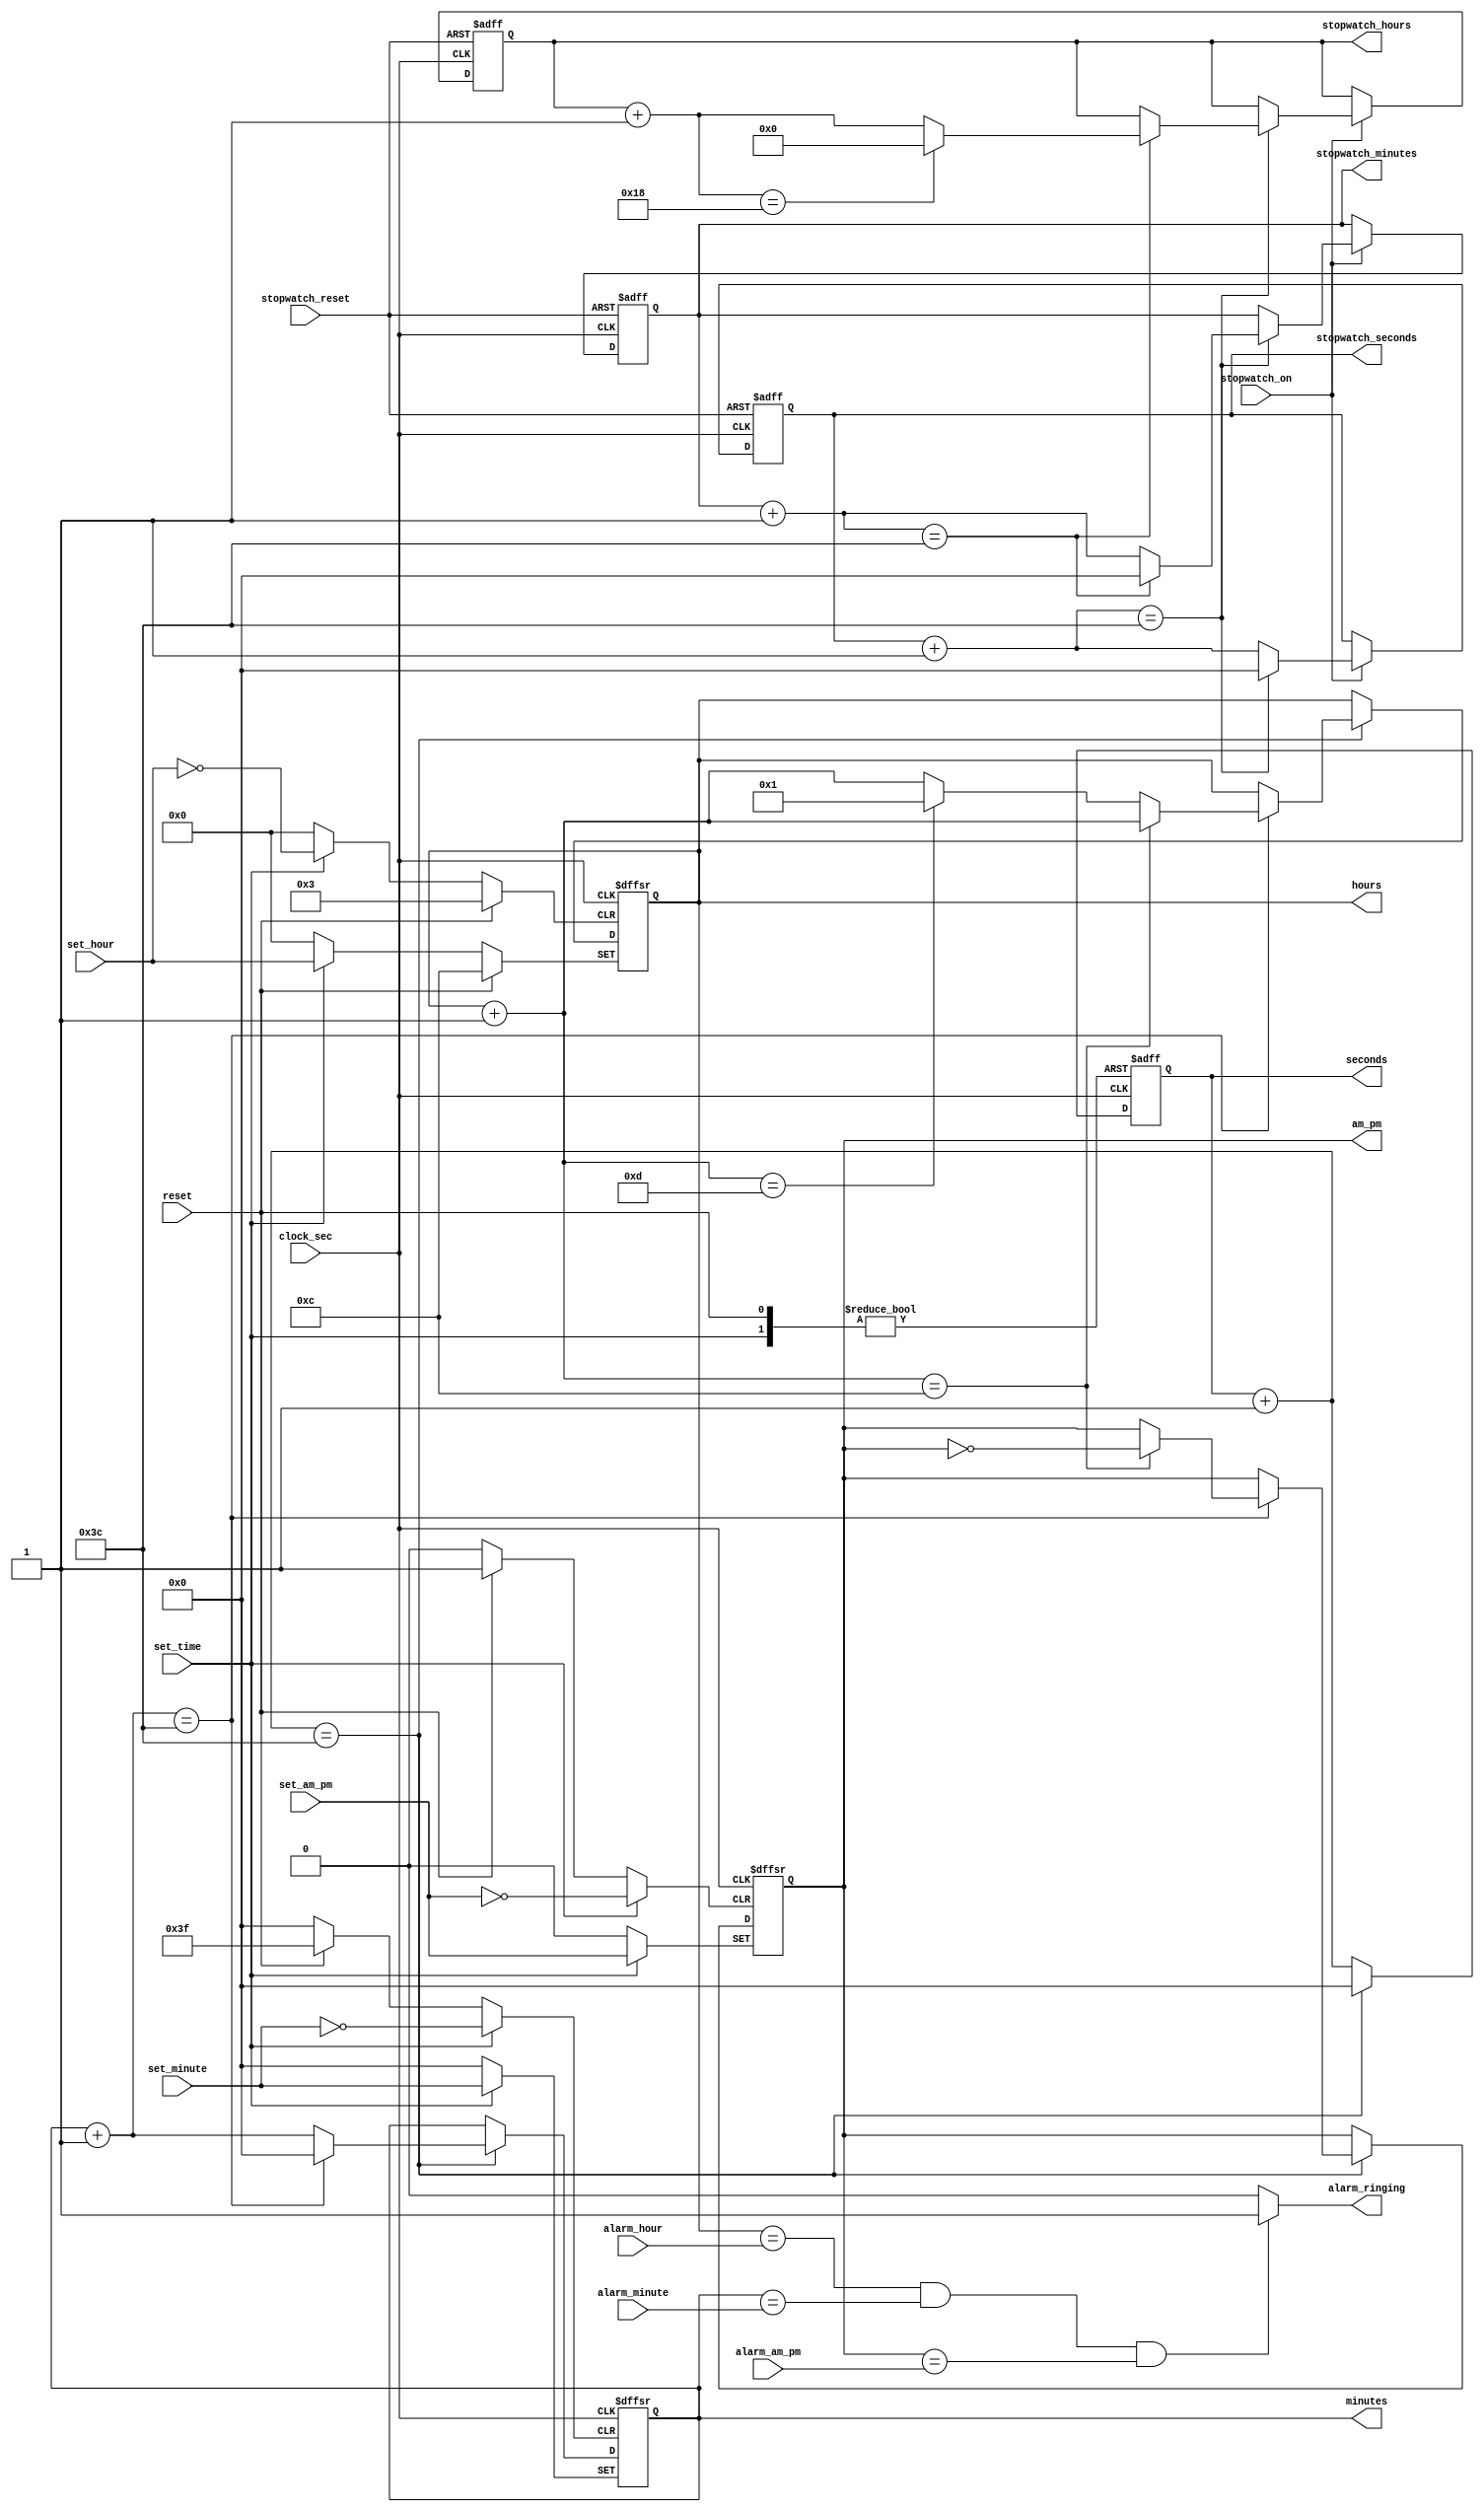
`timescale 1ns / 1ps
//////////////////////////////////////////////////////////////////////////////////
// Company: 
// Engineer: 
// 
// Design Name: 
// Module Name: Digital_clock
// Project Name: 
// Target Devices: 
// Tool Versions: 
// Description: 
// 
// Dependencies: 
// 
// Revision:
// Revision 0.01 - File Created
// Additional Comments:
// 
//////////////////////////////////////////////////////////////////////////////////


module Digital_clock( clock_sec,reset,set_time,set_hour,set_minute,set_am_pm,alarm_hour,
alarm_minute,alarm_am_pm,stopwatch_on,stopwatch_reset,seconds,minutes,hours,am_pm,stopwatch_hours,stopwatch_minutes,stopwatch_seconds,alarm_ringing);

// inputs
input clock_sec; //clock with frequency of 1Hz and time period 1sec.
input reset;     // Active high asynchronous reset
input set_time;
input set_am_pm;  // to set am or pm. here set_am_pm =1 for pm and set_am_pm=0 for am. 
input alarm_am_pm;
input stopwatch_on;
input stopwatch_reset;
input[3:0] set_hour;
input[5:0] set_minute;
input[3:0] alarm_hour;
input[5:0] alarm_minute;

// outputs

output am_pm;
output alarm_ringing;
output[3:0] hours;
output[5:0] minutes;
output[5:0] seconds;
output[4:0] stopwatch_hours;
output[5:0] stopwatch_minutes;
output[5:0] stopwatch_seconds;

//using these as reg 
reg am_pm;
reg alarm_ringing=0;
reg[3:0] hours;
reg[4:0] stopwatch_hours;
reg[5:0] minutes;
reg[5:0] seconds;
reg[5:0] stopwatch_minutes;
reg[5:0] stopwatch_seconds;

always@(posedge clock_sec,posedge reset,posedge set_time)    // This block will work when any of the clock_sec, reset, set_time will go from 0 to 1 (positive edge)
begin
if(reset)                                               // cheack for active high reset in order to reset the time.
    begin
    hours=12;
    minutes=0;
    seconds=0;
    am_pm=0;
    end
else if(set_time)                                  //set_time will be active high to set a particular time manually in the clock.
    begin
    seconds=0;
    minutes=set_minute;
    hours=set_hour;
    am_pm= set_am_pm;
    end
else if(clock_sec)                                 //beginning of each sec.
    begin
    seconds=seconds+1;                            // increment in second
    if(seconds==60)                               // check for maximum value of seconds.
        begin
        seconds=0;                                // reset seconds 
        minutes=minutes+1;                       // increment in minutes
        if(minutes==60)                         // cheack maximum value of minutes
            begin
            minutes=0;                         // reset minutes
            hours=hours+1;                     // increment hours
            if(hours==12)                      //  cheack for maximum value of hour
                begin
                am_pm = ~ am_pm;               // changing am to pm or vice-versa.
                end
            else if(hours==13)    
                begin
                hours = 1;
                end
            end
        end        
      
    end
end

 
 
always@(clock_sec)                      // comparing Alarm time with the present time.                                      
begin                                   //  if both the time will be same then it will give alarm _ringing as active high.
if((hours==alarm_hour)&&(minutes==alarm_minute)&&(am_pm==alarm_am_pm))
   alarm_ringing=1'b1;
else alarm_ringing=1'b0;

end

// for stopwatch

always@(posedge clock_sec, posedge stopwatch_reset)
begin
    if(stopwatch_reset)                                     // cheack for active high reset
        begin                                              // reset the stopwatch
        stopwatch_seconds=0;
        stopwatch_minutes=0;
        stopwatch_hours=0;
        end
    else if(stopwatch_on)                                   // begenning of each stopwatch second
        begin
        stopwatch_seconds=stopwatch_seconds+1;                // increment stopwatch  seconds
        if(stopwatch_seconds==60)                             // cheack for maximum value of stopwatch seconds
            begin
            stopwatch_seconds=0;                              // reset seconds
            stopwatch_minutes=stopwatch_minutes+1;           // increment stopwatch minutes
            if(stopwatch_minutes==60)                        // cheack for maximum value of stopwatch minutes
                begin
                stopwatch_minutes=0;                         // reset stopwatch minutes
                stopwatch_hours = stopwatch_hours+1;         // increment stopwatch hours
                if(stopwatch_hours==24)                      // cheack for maximum stopwatch hours
                    begin
                    stopwatch_hours=0;                       // reset stopwatch hours
                    end
                end
            end
        end
end

//assign alarm_ringing=((hours^alarm_hour)||(minutes^alarm_minute)||(am_pm^alarm_am_pm))?1'b0:1'b1;
                
        
   

             
    




endmodule